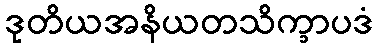
ဒုတိယအနိယတသိက္ခာပဒံ